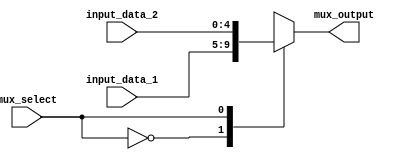
module Mux_5
#(parameter DATA_WIDTH = 5)
(
	input mux_select,
	input [(DATA_WIDTH-1):0] input_data_1, input_data_2,
	output reg [(DATA_WIDTH-1):0] mux_output
);

	always @ ( * ) 
	begin
		case( mux_select )
			1'b0 : mux_output = input_data_1;
			1'b1 : mux_output = input_data_2;
		endcase
	end

endmodule